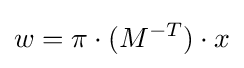
w=\pi \cdot (M^{-T})\cdot x